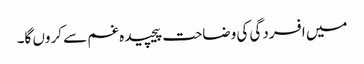
میں افسردگی کی وضاحت پیچیدہ غم سے کروں گا۔